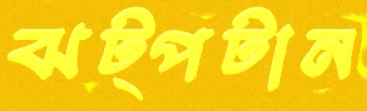
ঝট্‌পটান